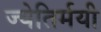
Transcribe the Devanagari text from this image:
ज्येतिर्मयी